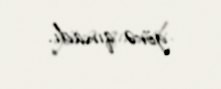
görə qınadı.